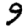
Digit: 9